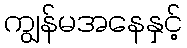
ကျွန်မအနေနှင့်